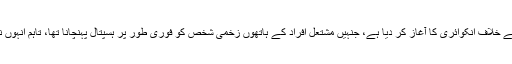
بھارتی پولیس نے پیر کے روز ان اہل کاروں کے خلاف انکوائری کا آغاز کر دیا ہے، جنہیں مشتعل افراد کے ہاتھوں زخمی شخص کو فوری طور پر ہسپتال پہنچانا تھا، تاہم انہوں نے مبینہ طور پر اپنا ’چائے کا وقفہ‘ ختم نہ کیا۔